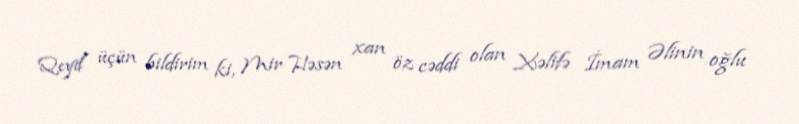
Qeyd üçün bildirim ki, Mir Həsən xan öz cəddi olan Xəlifə İmam Əlinin oğlu